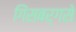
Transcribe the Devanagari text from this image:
गिंसबर्गसे